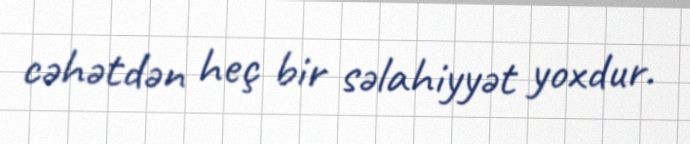
cəhətdən heç bir səlahiyyət yoxdur.